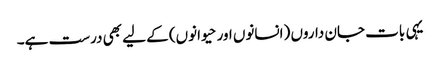
یہی بات جان داروں (انسانوں اور حیوانوں) کے لیے بھی درست ہے۔